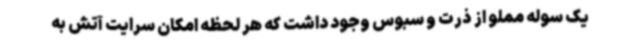
یک سوله مملو از ذرت و سبوس وجود داشت که هر لحظه امکان سرایت آتش به